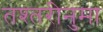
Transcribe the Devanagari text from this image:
तश्तरीनुमा